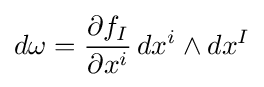
d\omega ={\frac {\partial f_{I}}{\partial x^{i}}}\,dx^{i}\wedge dx^{I}